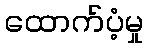
ထောက်ပံ့မှု